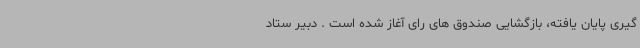
گیری پایان یافته، بازگشایی صندوق های رای آغاز شده است . دبیر ستاد